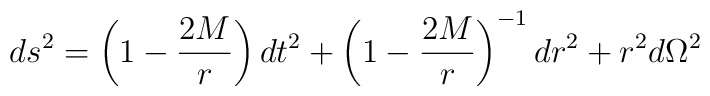
ds^2=\left(1-{2M \over r}\right) dt^2+ \left(1-{2M \over r}\right)^{-1}dr^2+r^2 d\Omega^2